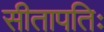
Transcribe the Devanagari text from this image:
सीतापतिः